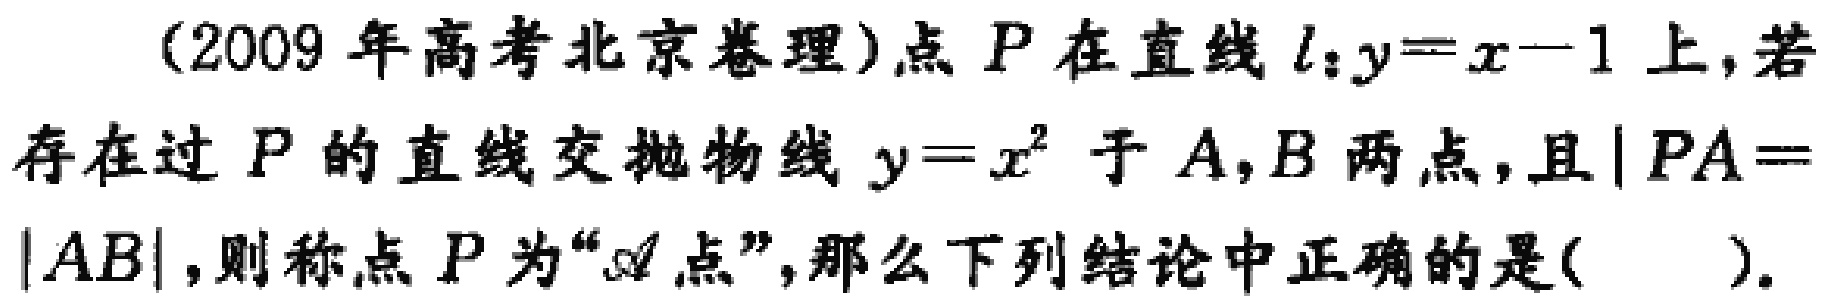
(2009 年高考北京卷理)点 \(P\) 在直线 \(l:y = x - 1\) 上，若存在过 \(P\) 的直线交抛物线 \(y = x^{2}\) 于 \(A,B\) 两点，且 \(|PA| = |AB|\)，则称点 \(P\) 为“\(\mathscr{A}\)点”，那么下列结论中正确的是( ).